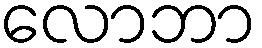
လောဘာ